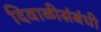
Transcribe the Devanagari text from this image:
दिवाळीसंबंधी